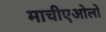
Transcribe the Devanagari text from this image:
माचीएओलो